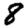
Digit: 8